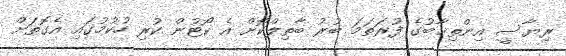
ރިޔާސީ އިންތިޚާބުގެ ފުރަތަމަ ބުރު ބާތިލްކޮށް އެ ކޯޓުން ކުރި ހުކުމުގައި އެގޮތަށް